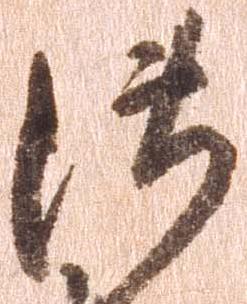
御